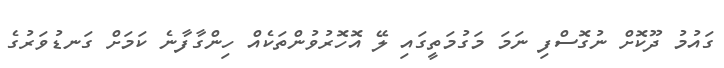
ގައުމު ދޫކޮށް ނުގޮސްފި ނަމަ މަގުމަތީގައި ލޭ އޮހޮރުވުންތަކެއް ހިންގާފާނެ ކަމަށް ގަނޑުވަރުގެ